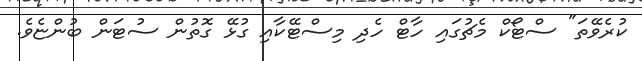
ކުރެވޭތަ" ސްޓޯކް މެޗުގައި ހާޓް ހެދި މިސްޓޭކާއި ގުޅޭ ގޮތުން ސުޓަން ބުންޏެވެ.